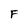
Character: F